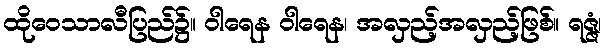
ထိုဝေသာလီပြည်၌။ ဝါရေန ဝါရေန၊ အလှည့်အလှည့်ဖြစ်။ ရဇ္ဇံ၊